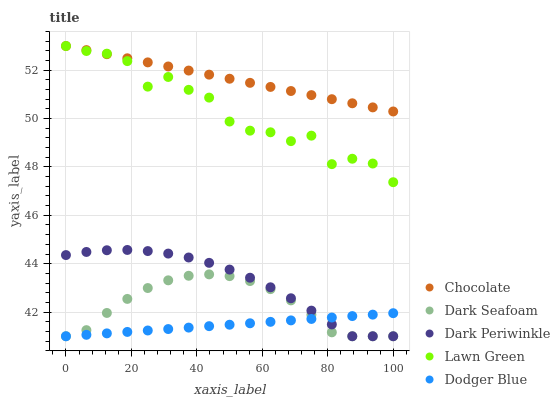
| xaxis_label | Chocolate | Dark Seafoam | Dark Periwinkle | Lawn Green | Dodger Blue |
 | --- | --- | --- | --- | --- | --- |
 | 0 | 53 | 41 | 44.4 | 53 | 41 |
 | 6.25 | 52.8 | 41.3 | 44.5 | 52.8 | 41.1 |
 | 12.5 | 52.7 | 42 | 44.6 | 52.7 | 41.1 |
 | 18.8 | 52.5 | 42.5 | 44.6 | 52.4 | 41.2 |
 | 25 | 52.3 | 43 | 44.5 | 51.3 | 41.2 |
 | 31.2 | 52.2 | 43.3 | 44.4 | 51.7 | 41.3 |
 | 37.5 | 52 | 43.5 | 44.3 | 51.2 | 41.4 |
 | 43.8 | 51.8 | 43.6 | 44 | 50.9 | 41.4 |
 | 50 | 51.6 | 43.5 | 43.8 | 49.9 | 41.5 |
 | 56.2 | 51.5 | 43.3 | 43.4 | 49.5 | 41.5 |
 | 62.5 | 51.3 | 42.9 | 43 | 49.4 | 41.6 |
 | 68.8 | 51.1 | 42.5 | 42.6 | 49.1 | 41.7 |
 | 75 | 51 | 41.9 | 42.1 | 49.3 | 41.7 |
 | 81.2 | 50.8 | 41.2 | 41.5 | 48.1 | 41.8 |
 | 87.5 | 50.6 | 41 | 41 | 48.3 | 41.8 |
 | 93.8 | 50.5 | 41 | 41 | 48.1 | 41.9 |
 | 100 | 50.3 | 41 | 41 | 47.4 | 42 |